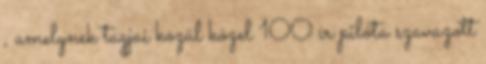
, amelynek tagjai közül közel 100 ír pilóta szavazott